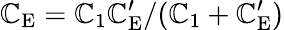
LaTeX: \mathbb{C}_{\mathrm{{E}}}=\mathbb{C}_{1}\mathbb{C}_{\mathrm{{E}}}^{\prime}/(\mathbb{C}_{1}+\mathbb{C}_{\mathrm{{E}}}^{\prime})